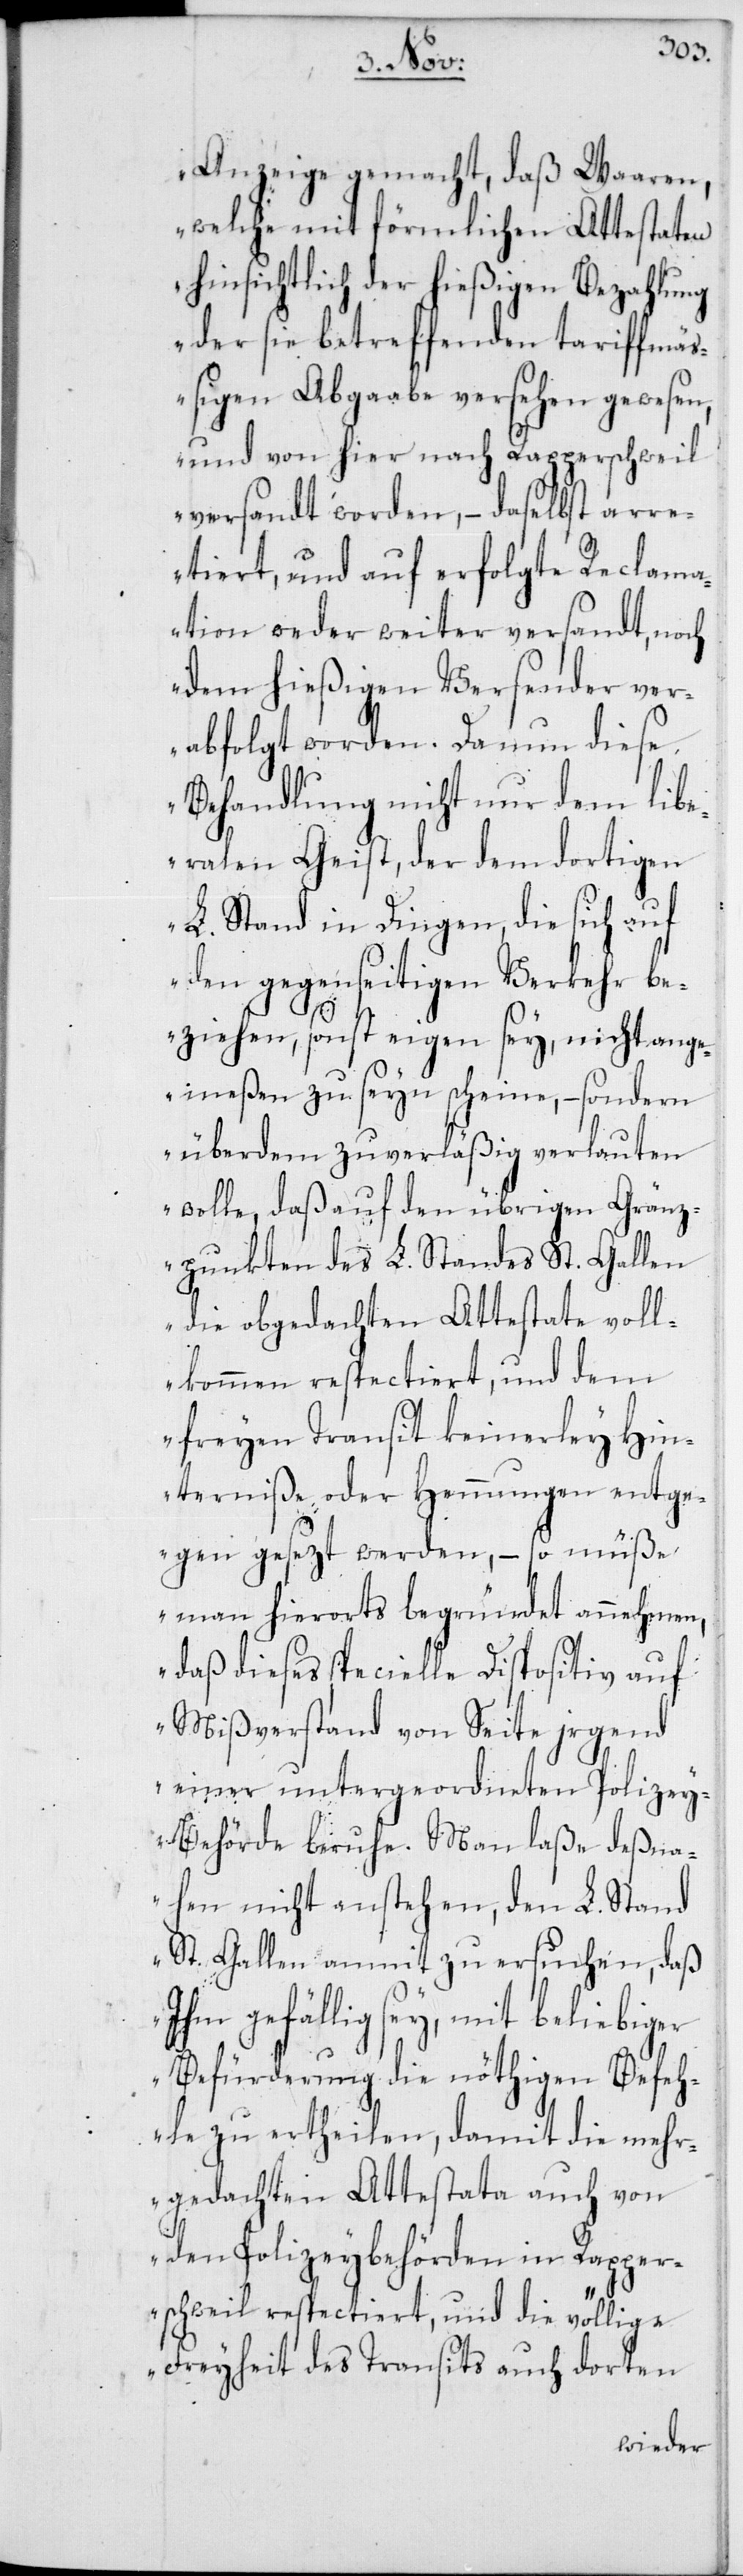
Anzeige gemacht, daß Waaren,
welche mit förmlichen Attestaten
hinsichtlich der hießigen Bezahlung
der sie betreffenden tariffmäß¬
igen Abgaabe versehen gewesen,
und von hier nach Rapperschweil
versandt worden, – daselbst arre¬
tiert, und auf erfolgte Reclam¬
ation weder weiter versandt, noch
dem hießigen Versender ver¬
abfolgt worden. Da nun diese
Behandlung nicht nur dem libe¬
ralen Geist, der dem dortigen
L. Stand in Dingen, die sich auf
den gegenseitigen Verkehr be¬
ziehen, sonst eigen sey, nicht ang¬
emeßen zu seyn scheine, – sondern
überdem zuverläßig verlauten
wolle, daß auf den übrigen Gränz¬
punkten des L. Standes St. Gallen
die obgedachten Attestate voll¬
kommen respectiert, und dem
freyen Transit keinerley Hin¬
derniße oder Hemmungen entge¬
gen gesezt werden, – so müße
man hierorts begründet annehmen,
daß dieses specielle Dispositiv auf
Mißverstand von Seite jrgend
einer untergeordneten Polize¬
y-Behörde beruhe. Man laße deßna¬
hen nicht anstehen, den L. Stand
St. Gallen anmit zu ersuchen, daß
ihm gefällig sey, mit beliebiger
Befürderung die nöthigen Befeh¬
le zu ertheilen, damit die meh¬
rgedachten Attestata auch von
den Polizeybehörden in Rapper¬
schweil respectiert, und die völlige
Freyheit des Transits auch dorten